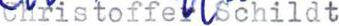
Christoffer Schildt